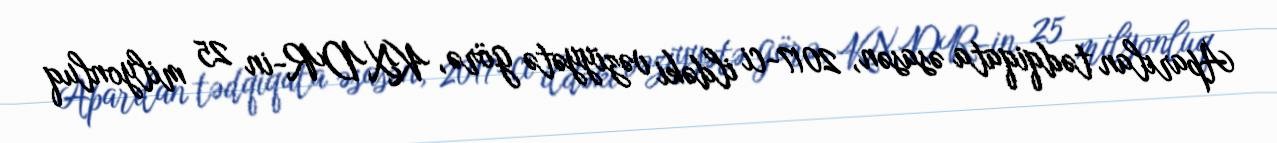
Aparılan tədqiqata əsasən, 2017-ci ildəki vəziyyətə görə, KXDR-in 25 milyonluq